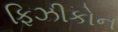
ફિઝીકોન